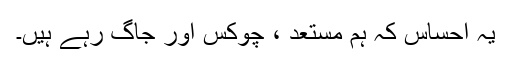
یہ احساس کہ ہم مستعد ، چوکس اور جاگ رہے ہیں۔